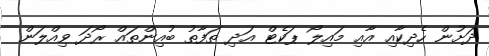
ދަށުން ހެދިކާއި އާއި މައިލޯ ޕަކެޓް އަދި ތަފާތު ބުއިންތައް ރޯދަ ވިއްލަން